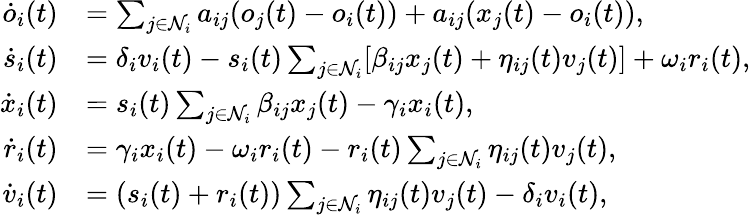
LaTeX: \begin{array}{rl}{\dot{o}_{i}(t)}&{=\sum_{j\in\mathcal{N}_{i}}a_{ij}(o_{j}(t)-o_{i}(t))+a_{ij}(x_{j}(t)-o_{i}(t)),}\\ {\dot{s}_{i}(t)}&{=\delta_{i}v_{i}(t)-s_{i}(t)\sum_{j\in\mathcal{N}_{i}}[\beta_{ij}x_{j}(t)+\eta_{ij}(t)v_{j}(t)]+\omega_{i}r_{i}(t),}\\ {\dot{x}_{i}(t)}&{=s_{i}(t)\sum_{j\in\mathcal{N}_{i}}\beta_{ij}x_{j}(t)-\gamma_{i}x_{i}(t),}\\ {\dot{r}_{i}(t)}&{=\gamma_{i}x_{i}(t)-\omega_{i}r_{i}(t)-r_{i}(t)\sum_{j\in\mathcal{N}_{i}}\eta_{ij}(t)v_{j}(t),}\\ {\dot{v}_{i}(t)}&{=(s_{i}(t)+r_{i}(t))\sum_{j\in\mathcal{N}_{i}}\eta_{ij}(t)v_{j}(t)-\delta_{i}v_{i}(t),}\end{array}